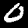
Label: 0